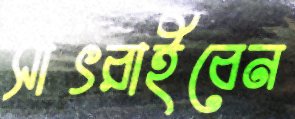
সাঁৎরাইবেন